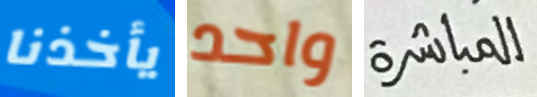
يأخذنا واحد المباشرة